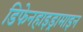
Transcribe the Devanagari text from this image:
डिफेनहाइड्रामाइन